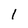
Character: l